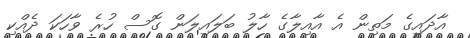
އާދައިގެ މަތިން އެ އާއިލާގެ ހާލު ބަލައިލަން ގޮސް ހުރެ ވާހަކަ ދެއްކި